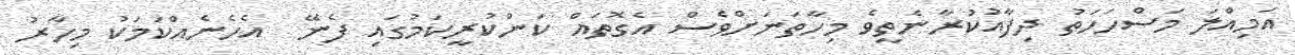
އަމިއްލަ މަސްހަހަތު ދިފާއުކުރާނެތީވެ މިހާތަނަށްވެސް އެގޮތައް ކަންކުރީކަމުގައި ފެނޭ  އެހެނެއްކަމަކު މިހާރު